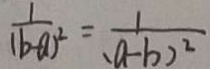
\frac { 1 } { ( b - a ) ^ { 2 } } = \frac { 1 } { a - b ^ { 2 } }